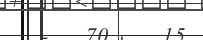
-   70